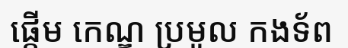
ផ្តើម កេណ្ឌ ប្រមូល កងទ័ព